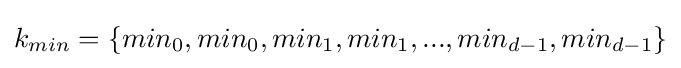
k_{min}=\{min_{0},min_{0},min_{1},min_{1},...,min_{d-1},min_{d-1}\}